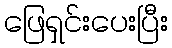
ဖြေရှင်းပေးပြီး